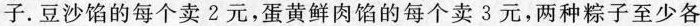
子。豆沙馅的每个卖2元，蛋黄鲜肉馅的每个卖3元，两种粽子至少各